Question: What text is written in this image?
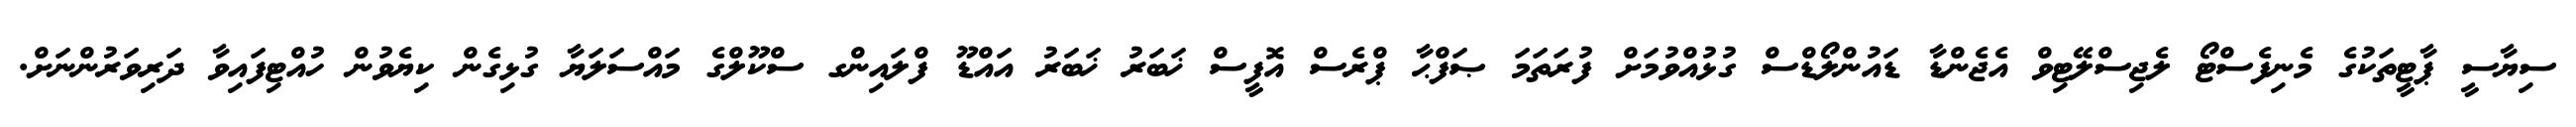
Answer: ސިޔާސީ ޕާޓީތަކުގެ މެނިފެސްޓޯ ލެޖިސްލޭޓިވް އެޖެންޑާ ޑައުންލޯޑްސް ގުޅުއްވުމަށް ފުރަތަމަ ޞަފްޙާ ޕްރެސް އޮފީސް ޚަބަރު ޚަބަރު އައްޑޫ ފްލައިންގ ސްކޫލްގެ މައްސަލަޔާ ގުޅިގެން ކިޔެވުން ހުއްޓިފައިވާ ދަރިވަރުންނަށް.